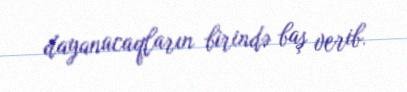
dayanacaqların birində baş verib.